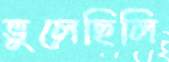
ভুলেছিলি